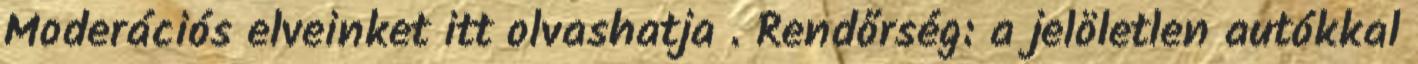
Moderációs elveinket itt olvashatja . Rendőrség: a jelöletlen autókkal